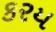
કરય